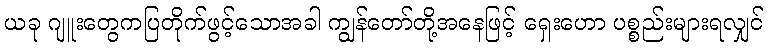
ယခု ဂျူးတွေကပြတိုက်ဖွင့်သောအခါ ကျွန်တော်တို့အနေဖြင့် ရှေးဟော ပစ္စည်းများရလျှင်